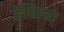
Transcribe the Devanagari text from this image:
डेविल्स्